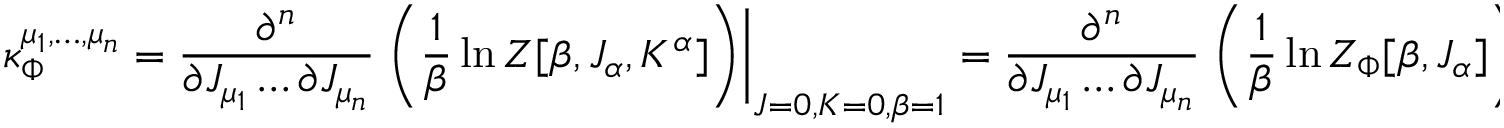
\kappa _ { \Phi } ^ { \mu _ { 1 } , \hdots , \mu _ { n } } = \frac { \partial ^ { n } } { \partial J _ { \mu _ { 1 } } \hdots \partial J _ { \mu _ { n } } } \left. \left( \frac { 1 } { \beta } \ln Z [ \beta , J _ { \alpha } , K ^ { \alpha } ] \right) \right| _ { J = 0 , K = 0 , \beta = 1 } = \frac { \partial ^ { n } } { \partial J _ { \mu _ { 1 } } \hdots \partial J _ { \mu _ { n } } } \left. \left( \frac { 1 } { \beta } \ln Z _ { \Phi } [ \beta , J _ { \alpha } ] \right) \right| _ { J = 0 , \beta = 1 }